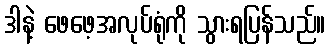
ဒါနဲ့ ဖေဖေ့အလုပ်ရုံကို သွားရပြန်သည်။